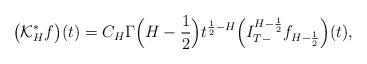
LaTeX: \begin{align*}\big(\mathcal{K}_H^* f\big)(t)&=C_H\Gamma\Big(H-\frac{1}{2}\Big)t^{\frac{1}{2}-H}\Big(I^{H-\frac{1}{2}}_{T-}f_{H-\frac{1}{2}}\Big)(t),\end{align*}